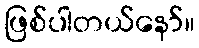
ဖြစ်ပါတယ်နော်။